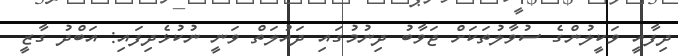
ދިފާއީ ވަކީލުންގެ ސުވާލުތަކަށް ޖަވާބު ދިނުމުގައި ދައުލަތް ވަނީ ނުކުޅެދިފައި: އަބްދު ގާޒީ